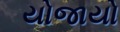
યોજાયો